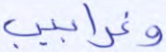
وغرابيب